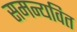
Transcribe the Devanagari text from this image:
समन्यवित